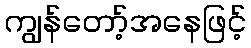
ကျွန်တော့်အနေဖြင့်